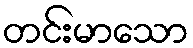
တင်းမာသော